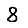
Digit: 8